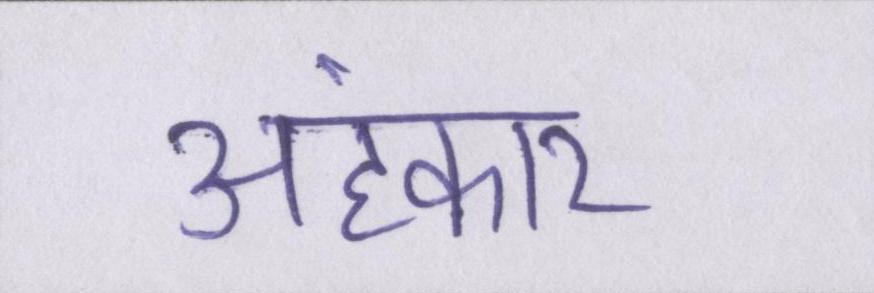
अहंकार